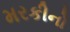
મરકીનો